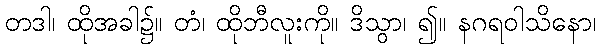
တဒါ၊ ထိုအခါ၌။ တံ၊ ထိုဘီလူးကို။ ဒိသွာ၊ ၍။ နဂရဝါသိနော၊